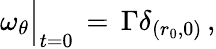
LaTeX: \omega_{\theta}\Big|_{t=0}\, =\, \Gamma\delta_{(r_{0},0)}\, ,